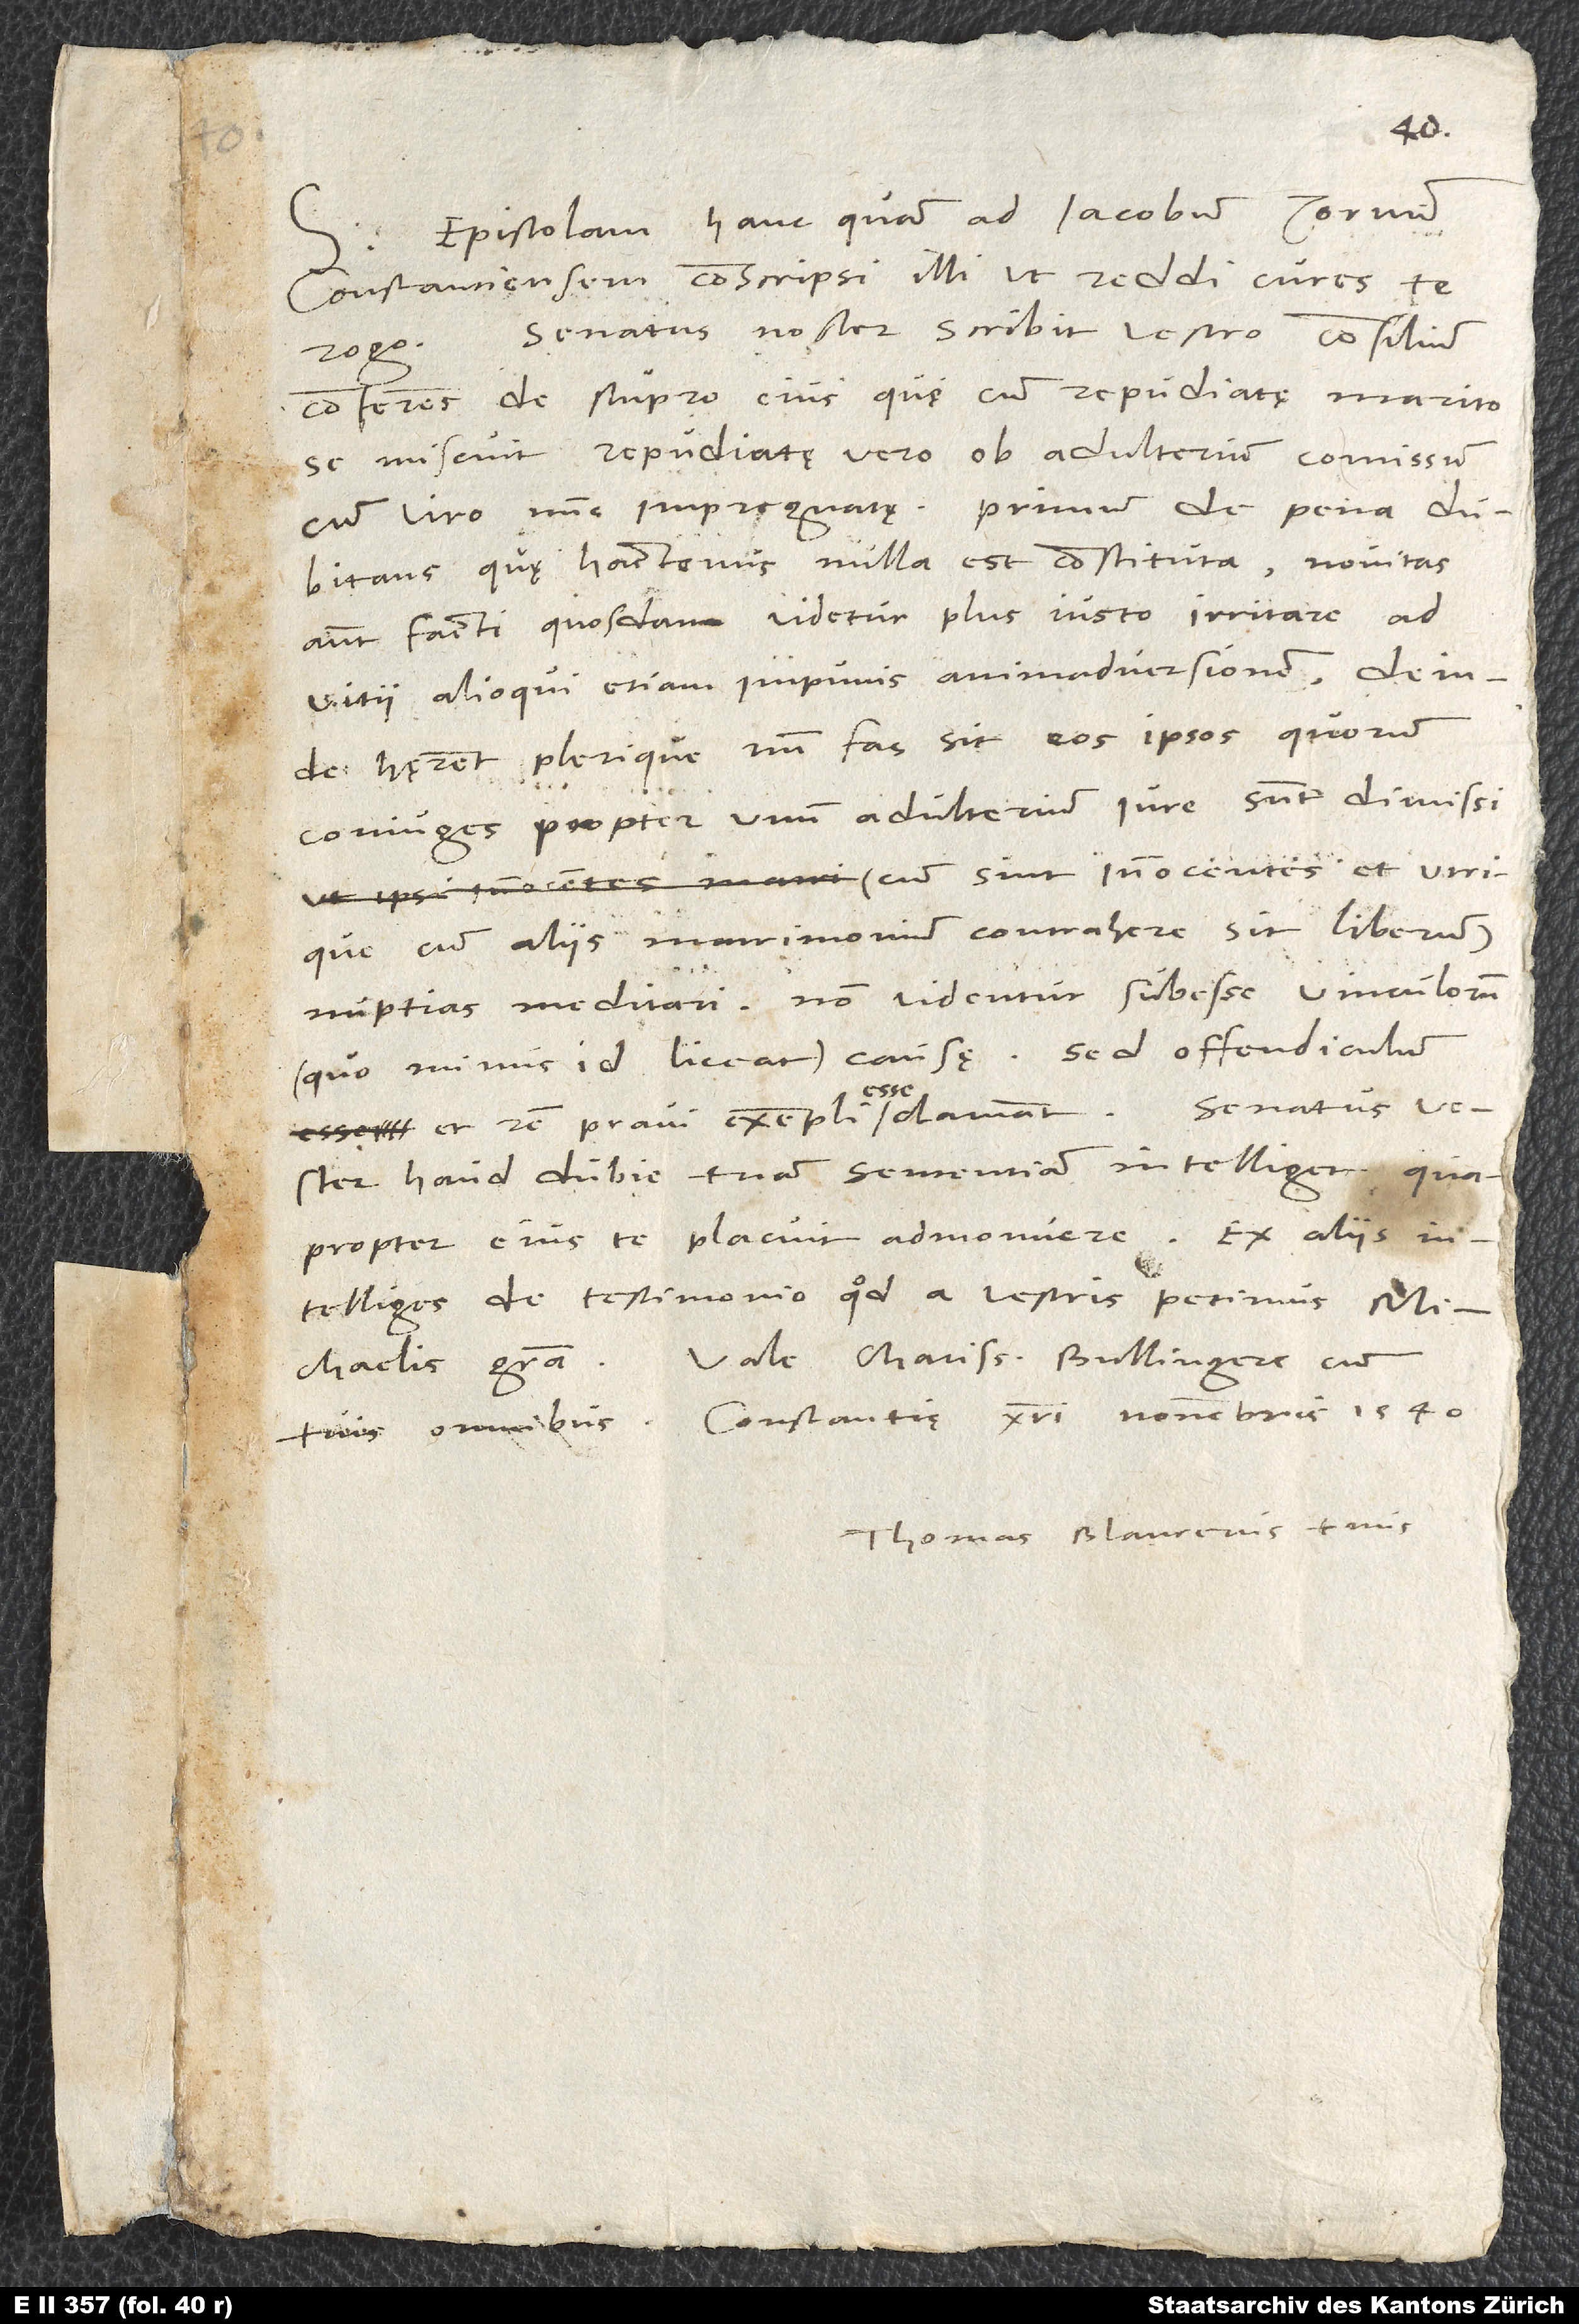
Epistolam hanc, quam ad Iacobum Zornum
Constantiensem conscripsi, illi ut reddi cures, te
rogo. Senatus noster scribit vestro consilium
conferens de stupro eius, quę cum repudiatę marito
se miscuit, repudiatę vero ob adulterium commissum
cum viro nunc impregnatę, primum de pena
dubitans, quę hactenus nulla est constituta. Novitas
autem facti quosdam videtur plus iusto irritare ad
vitii alioqui etiam impunis animadversionem; deinde
hęrent plerique, num fas sit eos ipsos, quorum
coniuges propter unum adulterium iure sunt dimissi
(cum sint innocentes et utrique
aliis matrimonium contrahere sit liberum),
nuptias meditari. Non videntur subesse vinculorum
(quo minus id liceat) causę; sed offendiculum
et rem pravi exempli esse clamant. Senatus vester
haud dubie tuam sententiam intelliget, quapropter
intelliges de testimonio, quod a vestris petimus Michaelis
gratia. Vale, charissime Bullingere, cum
tuis omnibus. Constantię, 16. novembris 1540.
Thomas Blaurerus tuus.